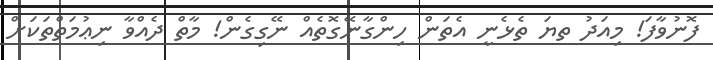
ފޮނުވާފަ! މިއަދު ތޔަ ތެޅެނީ އެތަން ހިންގާނޭގޮތެއް ނޭގިގެން! މާތް ދެއްވާ ނިޢުމަތްތަކަށް